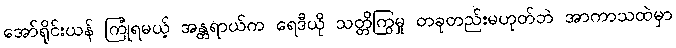
အော်ရိုင်းယန် ကြုံရမယ့် အန္တရာယ်က ရေဒီယို သတ္တိကြွမှု တခုတည်းမဟုတ်ဘဲ အာကာသထဲမှာ